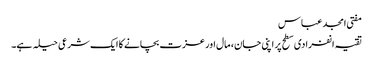
مفتی امجد عباس
تقیہ انفرادی سطح پر اپنی جان، مال اور عزت بچانے کا ایک شرعی حیلہ ہے۔